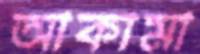
আকামা